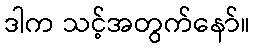
ဒါက သင့်အတွက်နော်။